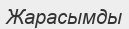
Жарасымды